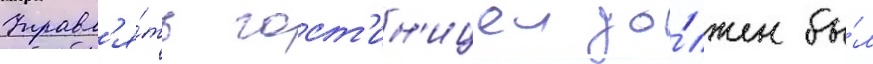
Управл'я́ть гост'ин'ицеи до́лжен бы́л